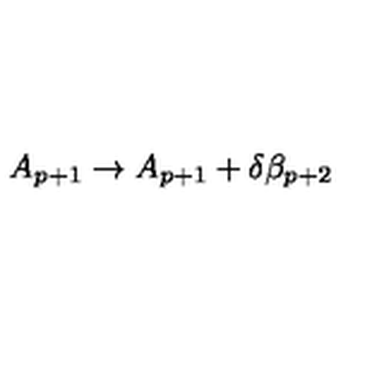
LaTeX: A _ { p + 1 } \rightarrow A _ { p + 1 } + \delta \beta _ { p + 2 }